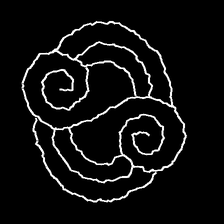
Glyph: wind-underfoot